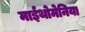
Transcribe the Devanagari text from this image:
माईथोमेनिया